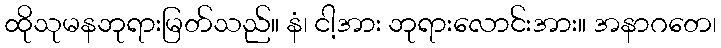
ထိုသုမနဘုရားမြတ်သည်။ နံ၊ ငါ့အား ဘုရားလောင်းအား။ အနာဂတေ၊